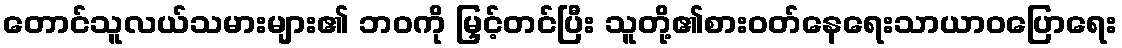
တောင်သူလယ်သမားများ၏ ဘဝကို မြှင့်တင်ပြီး သူတို့၏စားဝတ်နေရေးသာယာဝပြောရေး